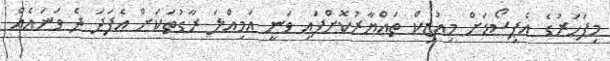
މިފަހަރުގެ އެޕިސޯޑަށް މިއުޒިކް ތައްޔާރުކޮށްފައި ވަނީ އަމިއްލަ ރާގުތަކަށް އެފަދަ ދެ ވަނައެއް